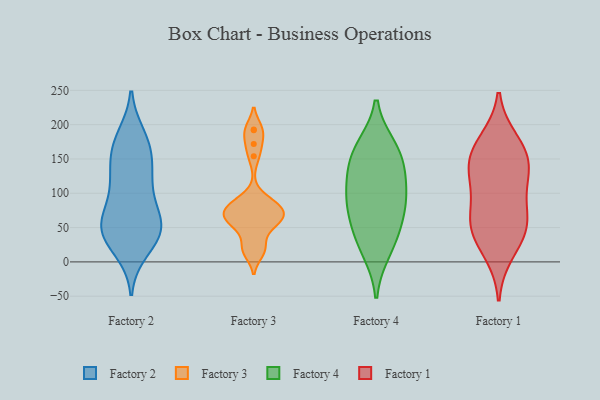
{"axis": {"x": "Demand Index", "y": "Value"}, "legend": ["Factory 1", "Factory 2", "Factory 3", "Factory 4"], "data": [{"x": "", "y": 165, "type": "Factory 2"}, {"x": "", "y": 57, "type": "Factory 2"}, {"x": "", "y": 44, "type": "Factory 2"}, {"x": "", "y": 120, "type": "Factory 2"}, {"x": "", "y": 181, "type": "Factory 2"}, {"x": "", "y": 37, "type": "Factory 2"}, {"x": "", "y": 126, "type": "Factory 2"}, {"x": "", "y": 89, "type": "Factory 2"}, {"x": "", "y": 162, "type": "Factory 2"}, {"x": "", "y": 19, "type": "Factory 2"}, {"x": "", "y": 62, "type": "Factory 2"}, {"x": "", "y": 43, "type": "Factory 2"}, {"x": "", "y": 54, "type": "Factory 2"}, {"x": "", "y": 119, "type": "Factory 2"}, {"x": "", "y": 171, "type": "Factory 2"}, {"x": "", "y": 46, "type": "Factory 2"}, {"x": "", "y": 19, "type": "Factory 3"}, {"x": "", "y": 192, "type": "Factory 3"}, {"x": "", "y": 66, "type": "Factory 3"}, {"x": "", "y": 82, "type": "Factory 3"}, {"x": "", "y": 77, "type": "Factory 3"}, {"x": "", "y": 51, "type": "Factory 3"}, {"x": "", "y": 22, "type": "Factory 3"}, {"x": "", "y": 55, "type": "Factory 3"}, {"x": "", "y": 56, "type": "Factory 3"}, {"x": "", "y": 172, "type": "Factory 3"}, {"x": "", "y": 154, "type": "Factory 3"}, {"x": "", "y": 193, "type": "Factory 3"}, {"x": "", "y": 86, "type": "Factory 3"}, {"x": "", "y": 75, "type": "Factory 3"}, {"x": "", "y": 67, "type": "Factory 3"}, {"x": "", "y": 91, "type": "Factory 3"}, {"x": "", "y": 67, "type": "Factory 3"}, {"x": "", "y": 14, "type": "Factory 3"}, {"x": "", "y": 125, "type": "Factory 4"}, {"x": "", "y": 160, "type": "Factory 4"}, {"x": "", "y": 36, "type": "Factory 4"}, {"x": "", "y": 83, "type": "Factory 4"}, {"x": "", "y": 99, "type": "Factory 4"}, {"x": "", "y": 17, "type": "Factory 4"}, {"x": "", "y": 92, "type": "Factory 4"}, {"x": "", "y": 148, "type": "Factory 4"}, {"x": "", "y": 56, "type": "Factory 4"}, {"x": "", "y": 166, "type": "Factory 4"}, {"x": "", "y": 41, "type": "Factory 1"}, {"x": "", "y": 163, "type": "Factory 1"}, {"x": "", "y": 130, "type": "Factory 1"}, {"x": "", "y": 60, "type": "Factory 1"}, {"x": "", "y": 55, "type": "Factory 1"}, {"x": "", "y": 92, "type": "Factory 1"}, {"x": "", "y": 176, "type": "Factory 1"}, {"x": "", "y": 158, "type": "Factory 1"}, {"x": "", "y": 121, "type": "Factory 1"}, {"x": "", "y": 138, "type": "Factory 1"}, {"x": "", "y": 14, "type": "Factory 1"}, {"x": "", "y": 54, "type": "Factory 1"}]}